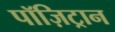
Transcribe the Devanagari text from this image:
पॉज़िट्रान